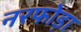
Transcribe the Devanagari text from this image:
नरफोड़ा